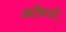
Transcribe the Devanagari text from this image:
आँकडो़